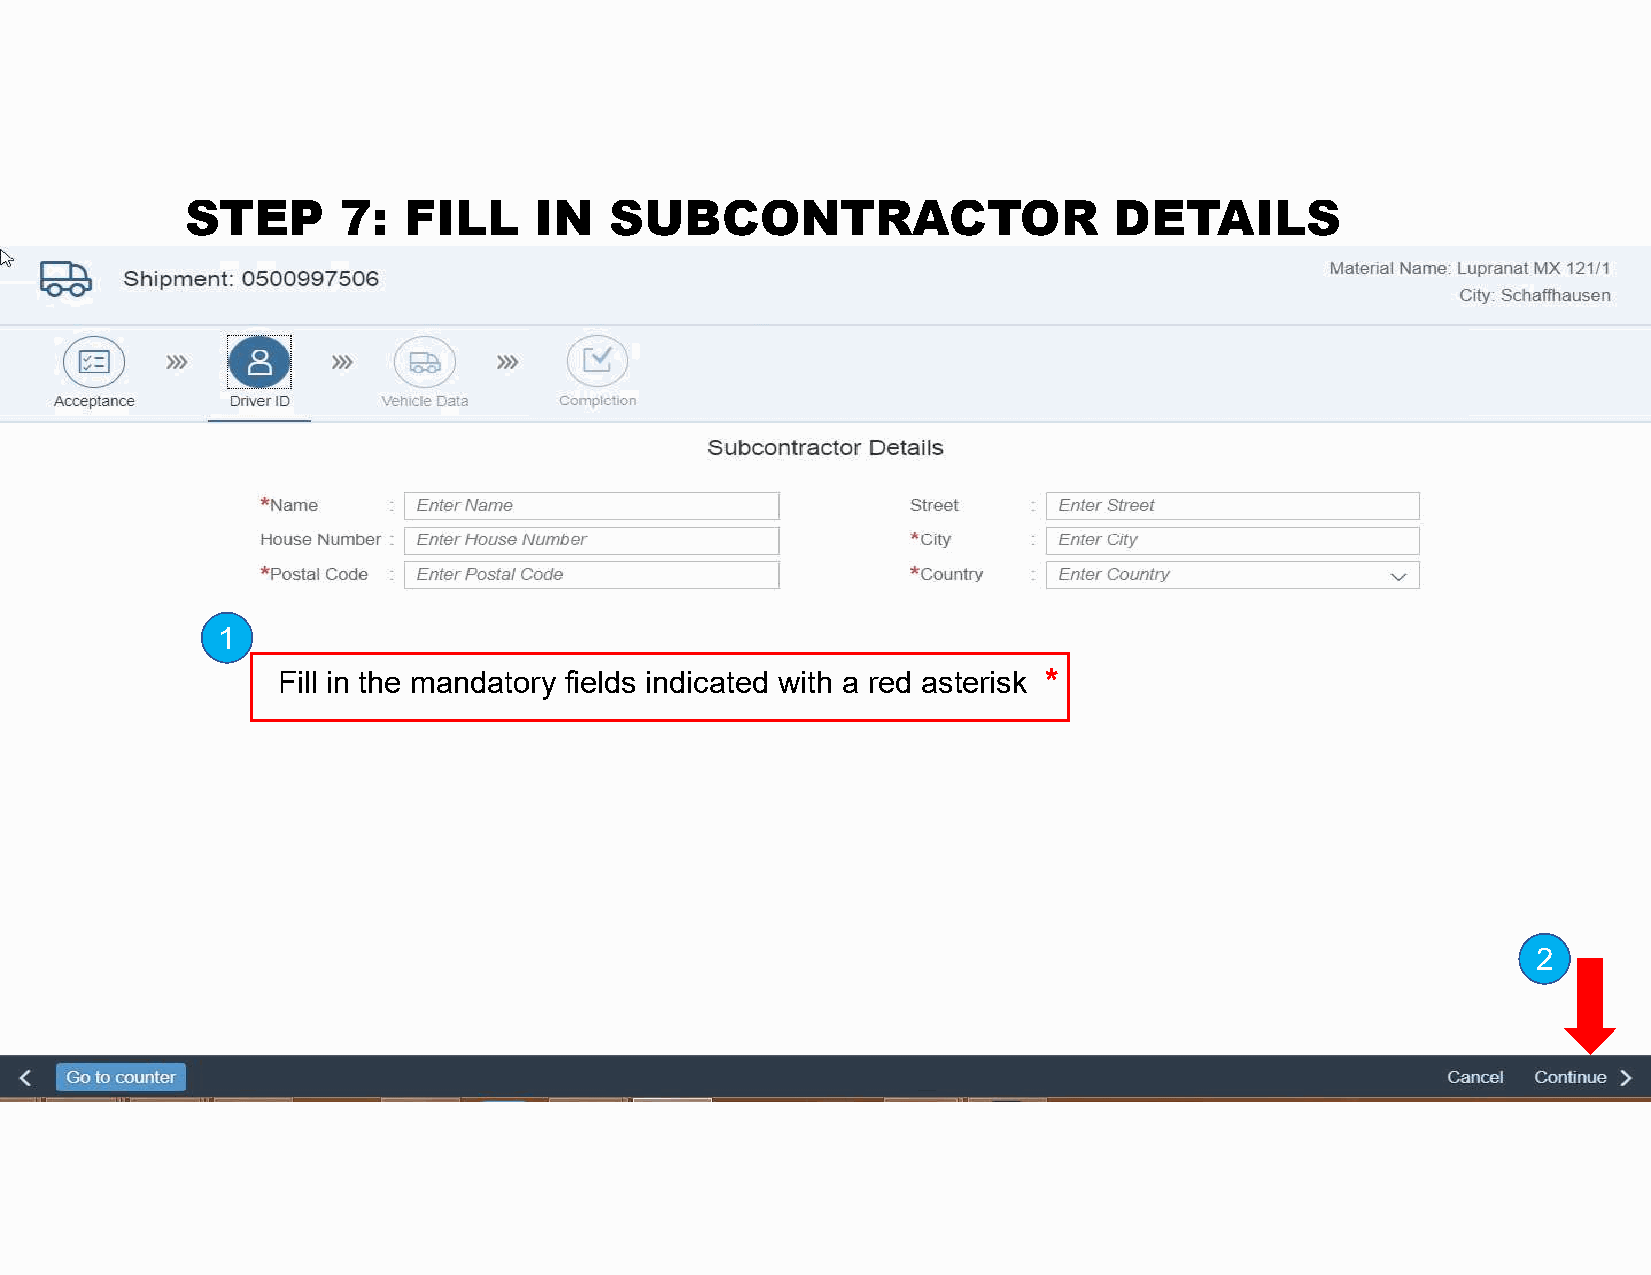
STEP       7:  FILL    IN   SUBCONTRACTOR                     DETAILS
 1
 Fill in the mandatory fields indicated with a red asterisk *
 2